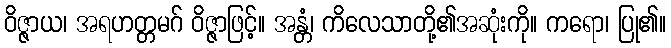
ဝိဇ္ဇာယ၊ အရဟတ္တမဂ် ဝိဇ္ဇာဖြင့်။ အန္တံ၊ ကိလေသာတို့၏အဆုံးကို။ ကရော၊ ပြု၏။